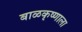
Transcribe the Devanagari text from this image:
बाळकृष्णाला